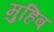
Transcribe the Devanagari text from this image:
मुहिब